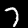
Label: 7